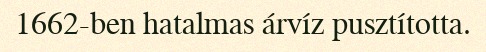
1662-ben hatalmas árvíz pusztította.